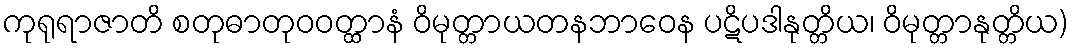
ကုရုရာဇာတိ စတုဓာတုဝဝတ္ထာနံ ဝိမုတ္တာယတနဘာဝေန ပဋိပဒါနုတ္တိယ၊ ဝိမုတ္တာနုတ္တိယ)